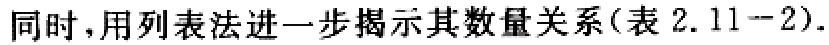
同时,用列表法进一步揭示其数量关系(表 2.11--2).